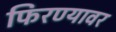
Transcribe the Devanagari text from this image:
फिरण्यावर